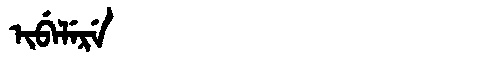
Manchu: ᡳᠪᡝᠯᡝᡵᡝ
Romanization: IBELERE